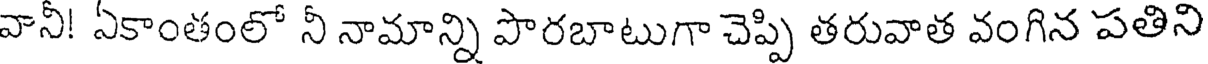
వానీ! ఏకాంతంలో నీ నామాన్ని పొరబాటుగా చెప్పి తరువాత వంగిన పతిని